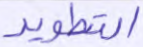
التطوير